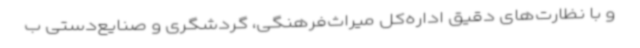
و با نظارت‌های دقیق اداره‌کل میراث‌فرهنگی، گردشگری و صنایع‌دستی ب